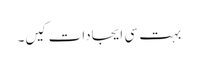
بہت سی ایجادات کیں۔